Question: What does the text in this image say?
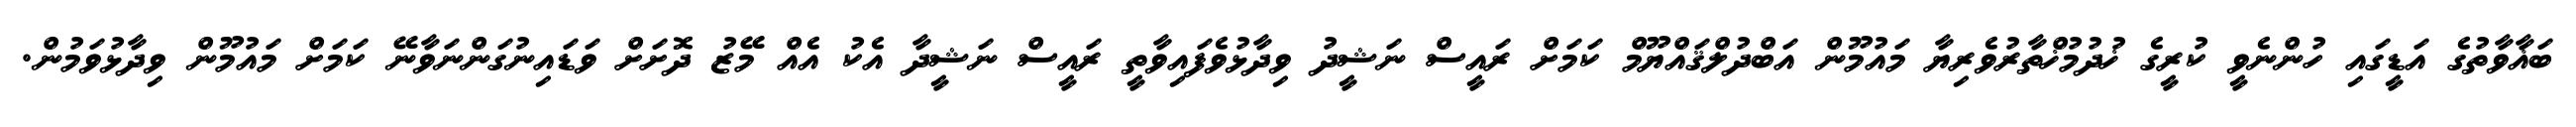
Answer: ބަޣާވާތުގެ އަޑީގައި ހުންނެވީ ކުރީގެ ޚުދުމުޚްތާރުވެރިޔާ މައުމޫން އަބްދުލްޤައްޔޫމް ކަމަށް ރައީސް ނަޝީދު ވިދާޅުވެފައިވާތީ ރައީސް ނަޝީދާ އެކު އެއް މޭޒު ދޮށަށް ވަޑައިނުގަންނަވާނޭ ކަމަށް މައުމޫން ވިދާޅުވަމުން.